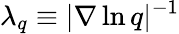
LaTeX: \lambda_{q}\equiv|\nabla\ln q|^{-1}